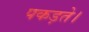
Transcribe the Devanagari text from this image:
पकड़ते।